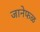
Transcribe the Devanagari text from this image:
जानेफळ